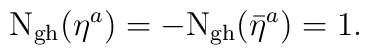
{\rm N_{gh}} (\eta^a)= - {\rm {\rm N_{gh}}} (\bar{\eta}^a) =1.